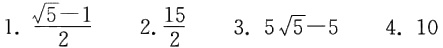
1. $\frac{\sqrt{5}-1}{2}$  2. $\frac{15}{2}$  3. $5\sqrt{5}-5$  4. $10$